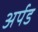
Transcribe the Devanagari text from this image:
अर्पड